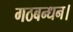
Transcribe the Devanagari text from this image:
गठबन्धन।